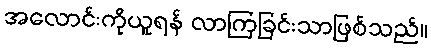
အလောင်းကိုယူရန် လာကြခြင်းသာဖြစ်သည်။